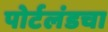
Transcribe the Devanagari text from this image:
पोर्टलंडचा